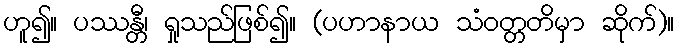
ဟူ၍။ ပဿန္တီ၊ ရှုသည်ဖြစ်၍။ (ပဟာနာယ သံဝတ္တတိမှာ ဆိုက်)။